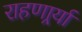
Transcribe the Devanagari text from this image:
राहणार्र्या